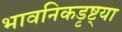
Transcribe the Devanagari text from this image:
भावनिकडृष्ट्या